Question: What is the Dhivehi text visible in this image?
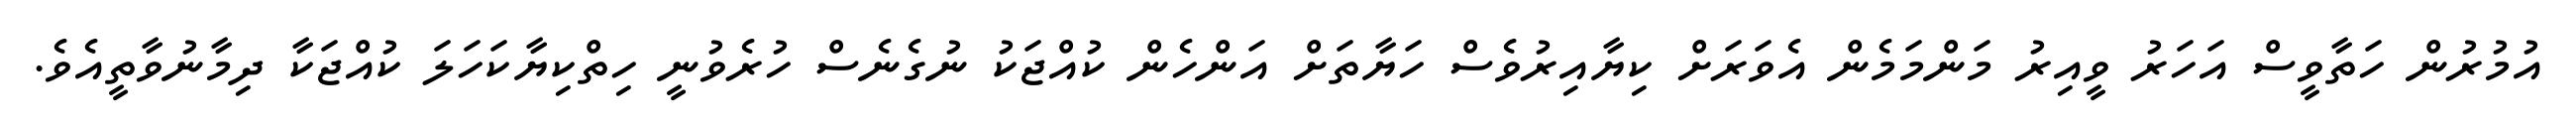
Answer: އުމުރުން ހަތާވީސް އަހަރު ވީއިރު މަންމަމެން އެވަރަށް ކިޔާއިރުވެސް ހަޔާތަށް އަންހެން ކުއްޖަކު ނުގެނެސް ހުރެވުނީ ހިތްކިޔާކަހަލަ ކުއްޖަކާ ދިމާނުވާތީއެވެ.